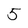
Character: 5